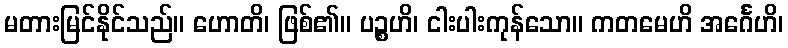
မတားမြင်နိုင်သည်။ ဟောတိ၊ ဖြစ်၏။ ပဉ္စဟိ၊ ငါးပါးကုန်သော။ ကတမေဟိ အင်္ဂေဟိ၊